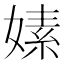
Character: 嫊